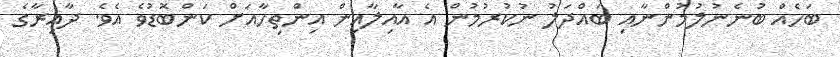
ބަހެއް ބުނެނުލުމުންނާއި ބައްދަލު ނުކުރުމުން އެ އާއިލާއިން އިންތިހާއަށް ކަންބޮޑުވެ އެވެ. ދާއިރާގެ